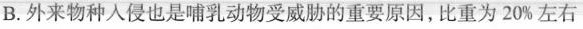
B. 外来物种入侵也是哺乳动物受威胁的重要原因，比重为20%左右